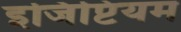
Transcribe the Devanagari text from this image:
इजिप्टियम